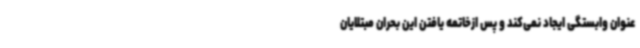
عنوان وابستگی ایجاد نمی‌کند و پس ازخاتمه یافتن این بحران مبتلایان